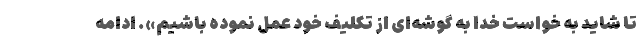
تا شاید به خواست خدا به گوشه‌ای از تکلیف خود عمل نموده باشیم». ادامه